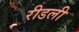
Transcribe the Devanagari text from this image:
रीडली